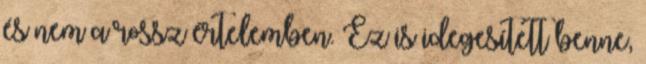
és nem a rossz értelemben. Ez is idegesített benne,